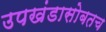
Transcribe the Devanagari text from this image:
उपखंडासोबतच